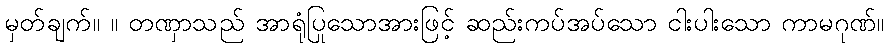
မှတ်ချက်။ ။ တဏှာသည် အာရုံပြုသောအားဖြင့် ဆည်းကပ်အပ်သော ငါးပါးသော ကာမဂုဏ်။